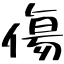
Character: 傷